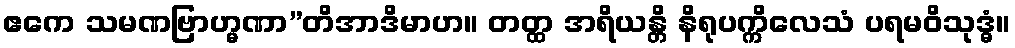
ဧကေ သမဏဗြာဟ္မဏာ”တိအာဒိမာဟ။ တတ္ထ အရိယန္တိ နိရုပက္ကိလေသံ ပရမဝိသုဒ္ဓံ။